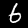
Label: 6